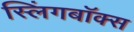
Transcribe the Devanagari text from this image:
स्लिंगबॉक्स